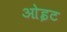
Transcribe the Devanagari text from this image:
ओइट